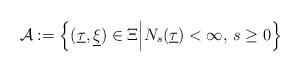
LaTeX: \begin{align*}\mathcal{A} := \Big \{ (\underline{\tau}, \underline{\xi}) \in \Xi \Big | N_s(\underline{\tau}) < \infty, \, s \geq 0 \Big \} \end{align*}